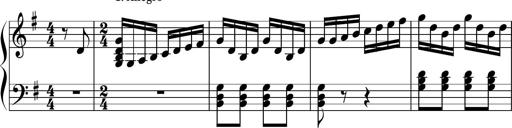
Title: Keyboard Sonatina in G
Composer: Michael Pogudin
Key: G major